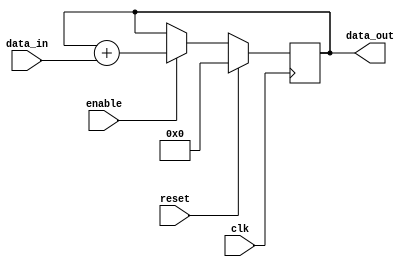
module accumulator (
    input wire clk,
    input wire reset,
    input wire enable,
    input wire [DATA_WIDTH-1:0] data_in,
    output reg [ACCUMULATOR_WIDTH-1:0] data_out
);

parameter INTEGER_BITS = 8;
parameter FRACTIONAL_BITS = 8;
parameter DATA_WIDTH = INTEGER_BITS + FRACTIONAL_BITS;
parameter ACCUMULATOR_WIDTH = INTEGER_BITS + FRACTIONAL_BITS + 1;

reg [ACCUMULATOR_WIDTH-1:0] accumulator_value;
reg overflow;

always @(posedge clk) begin
    if (reset) begin
        accumulator_value <= 0;
        overflow <= 0;
    end else if (enable) begin
        accumulator_value <= accumulator_value + data_in;
        if (accumulator_value[ACCUMULATOR_WIDTH-1] == 1) begin
            overflow <= 1;
        end else begin
            overflow <= 0;
        end
    end
end

assign data_out = accumulator_value;

endmodule